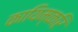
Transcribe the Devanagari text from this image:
कायिम्करि